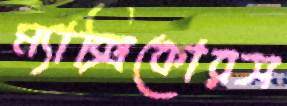
ম্যাক্সিকোরস